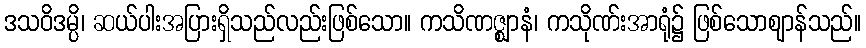
ဒသဝိဒမ္ပိ၊ ဆယ်ပါးအပြားရှိသည်လည်းဖြစ်သော။ ကသိဏဇ္ဈာနံ၊ ကသိုဏ်းအာရုံ၌ ဖြစ်သောဈာန်သည်။